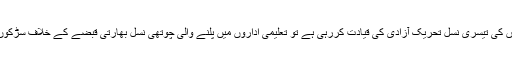
کشمیریوں کی تیسری نسل تحریک آزادی کی قیادت کررہی ہے تو تعلیمی اداروں میں پلنے والی چوتھی نسل بھارتی قبضے کے خلاف سڑکوں پر ہے۔